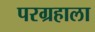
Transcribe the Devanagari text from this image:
परग्रहाला